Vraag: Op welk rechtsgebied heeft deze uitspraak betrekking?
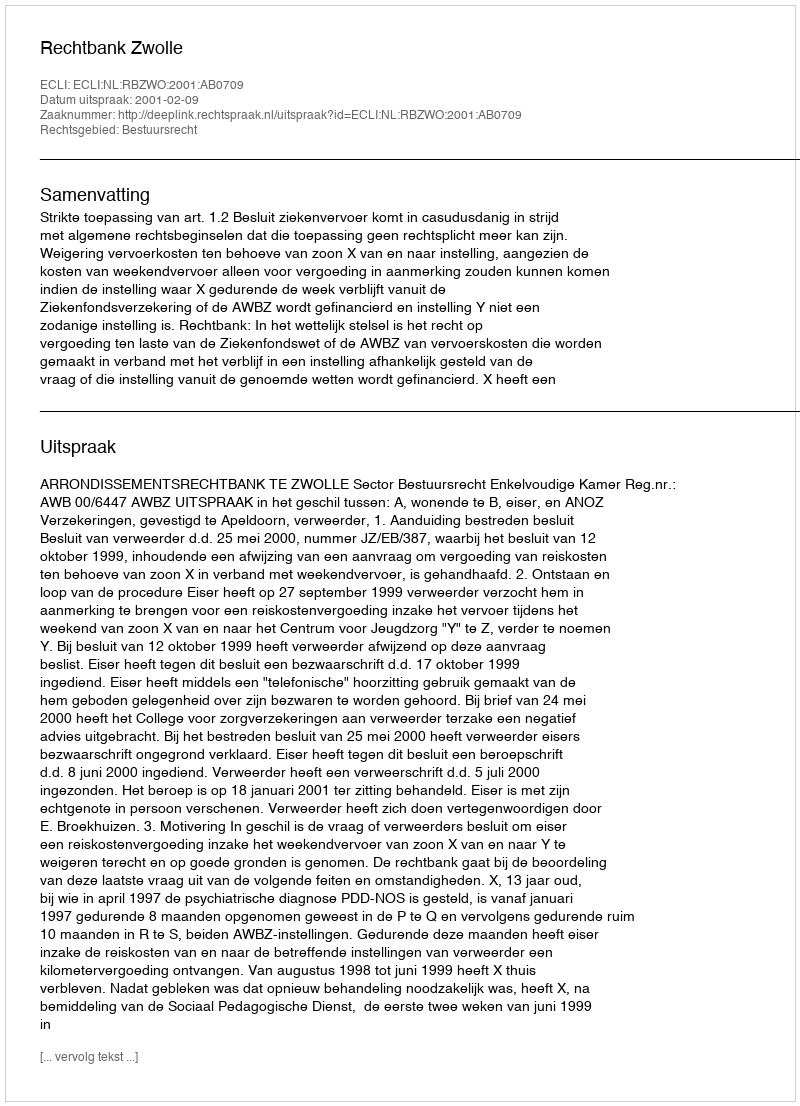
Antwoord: Bestuursrecht